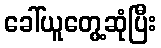
ခေါ်ယူတွေ့ဆုံပြီး